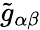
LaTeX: \tilde{g}_{\alpha\beta}